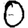
Digit: 0